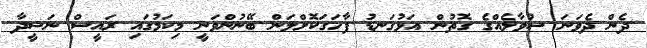
ދެން ދެވަނަ ސުވާލެއްގެ ގޮތުން އަޅުގަނޑު ފާހަގަކޮށްލަން ބޭނުންވަނީ މިކަމުގައި ރައީސް ނަޝީދާ